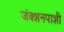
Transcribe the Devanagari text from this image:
जंक्शनपाशी